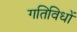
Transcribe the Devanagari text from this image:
गतिविधों